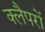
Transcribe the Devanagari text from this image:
क्लैपरों